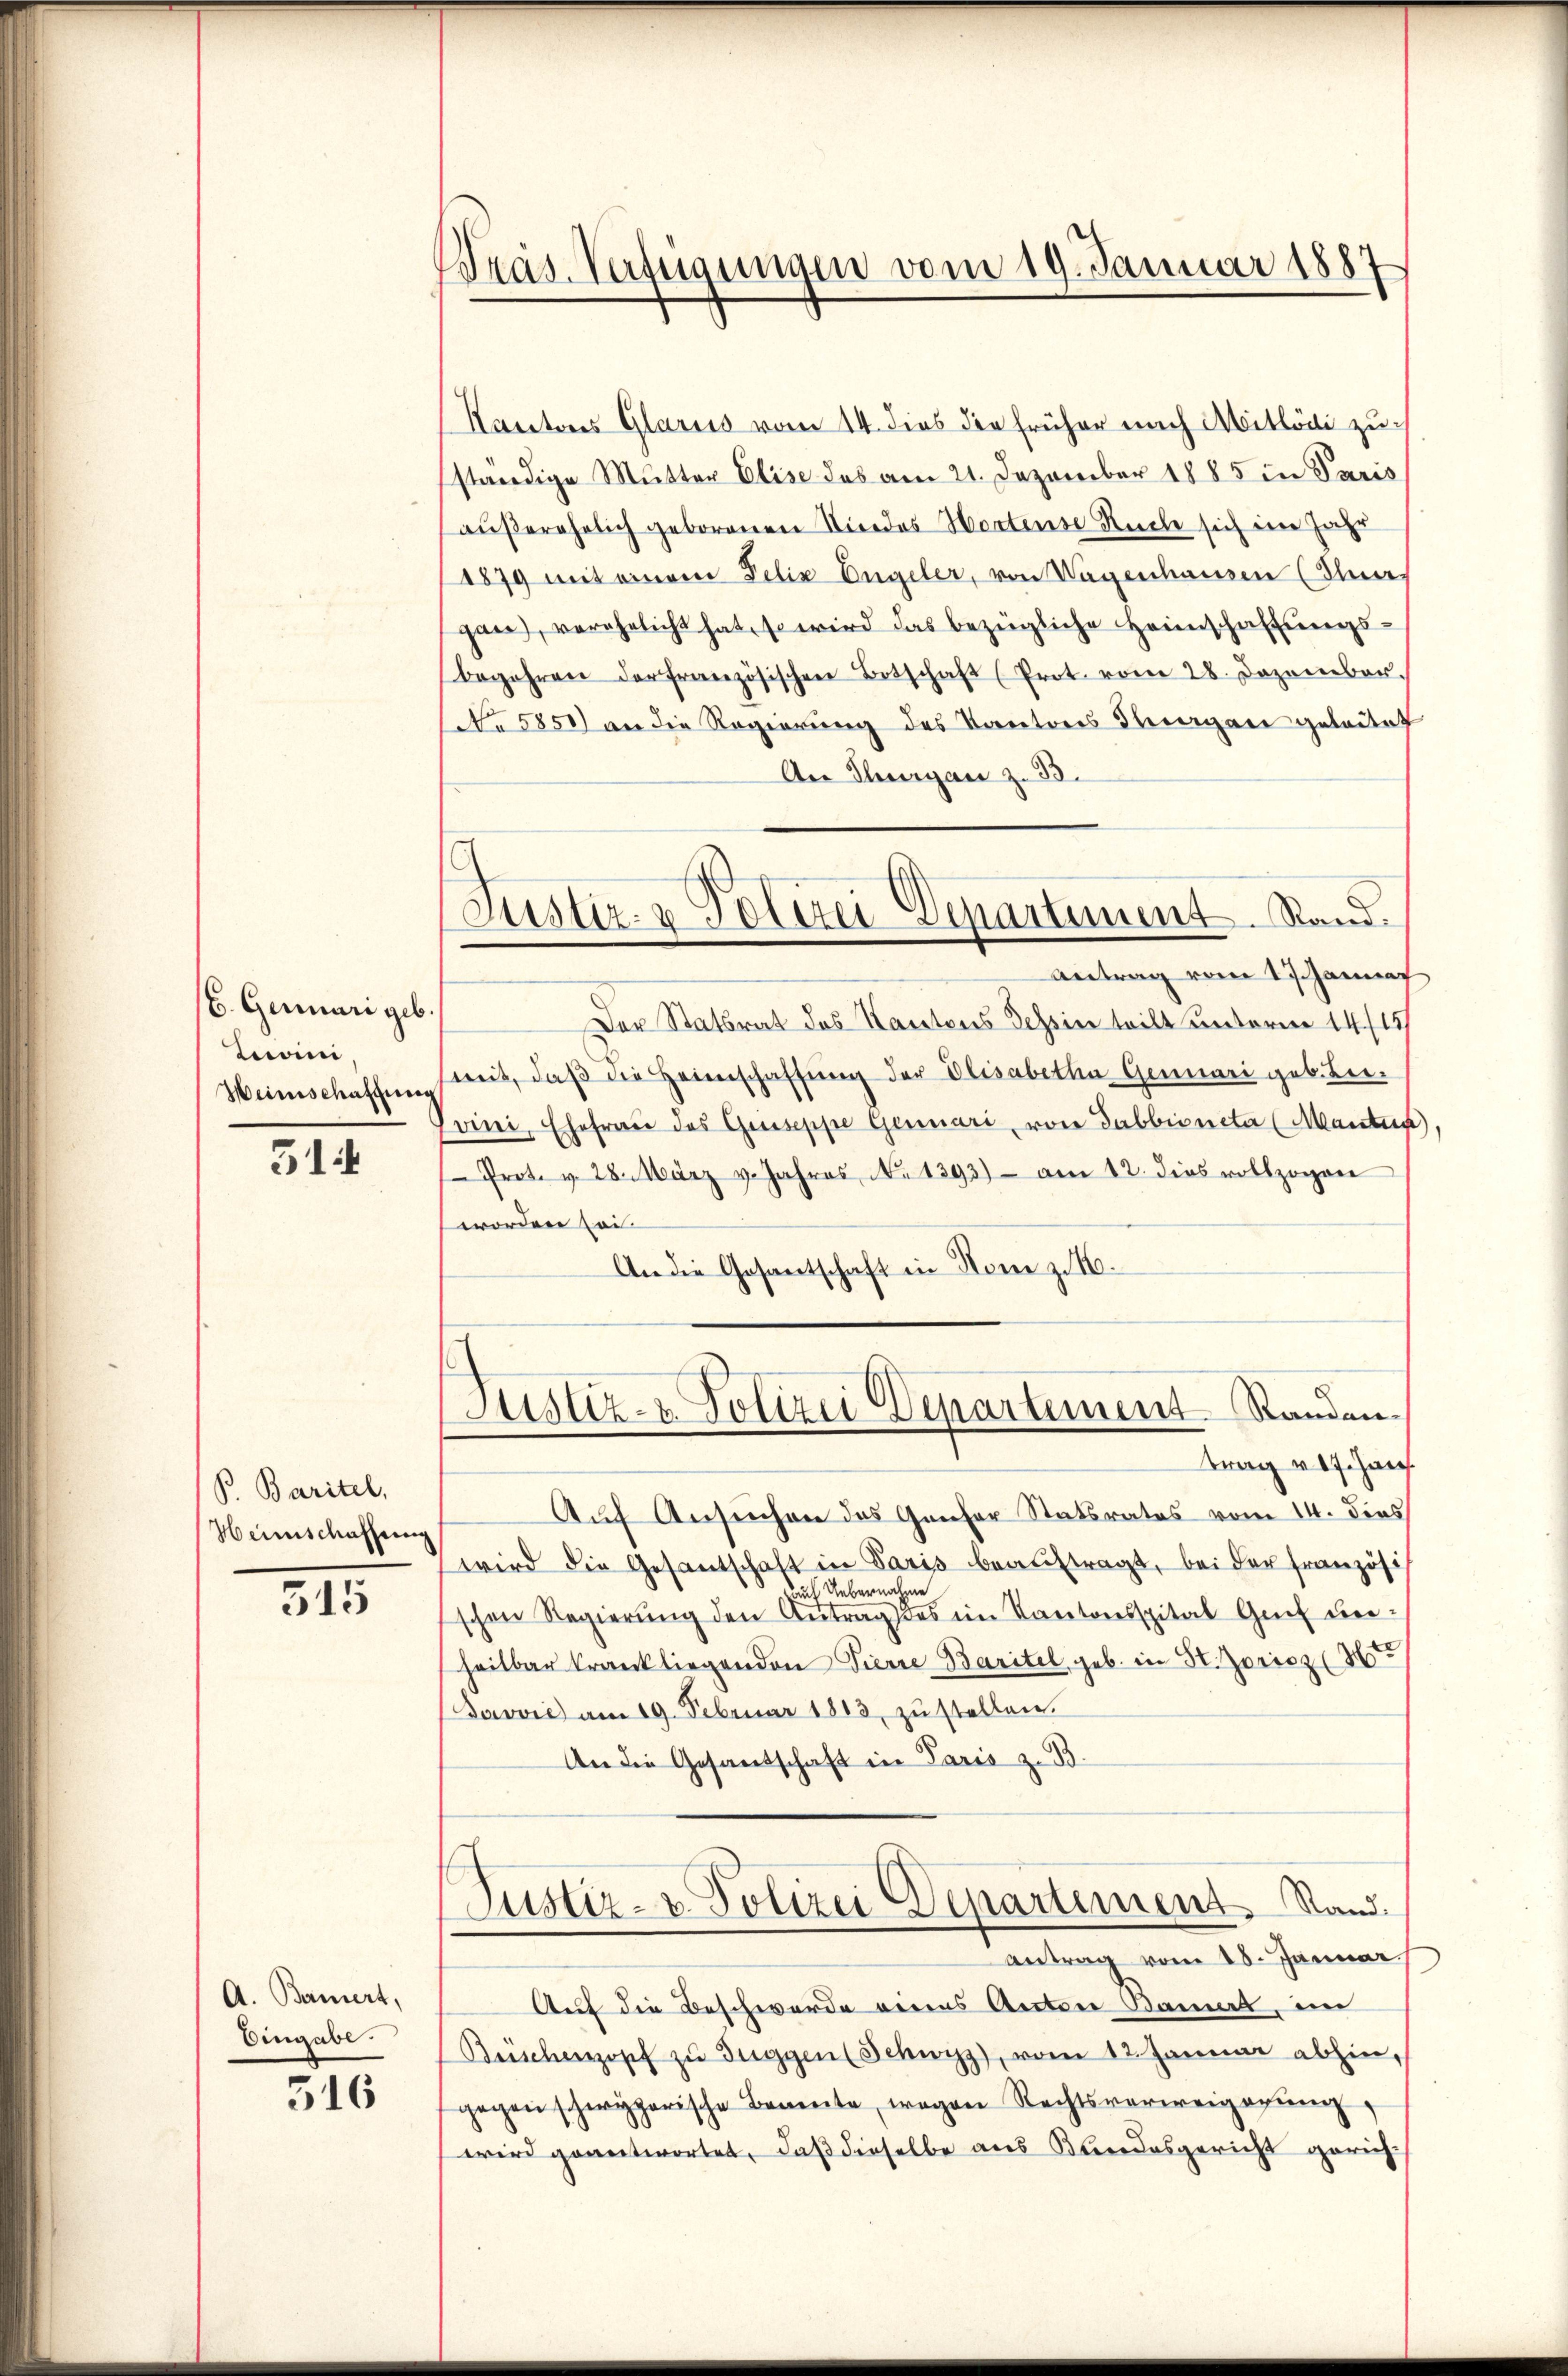
6. Germari geb.
Loini,
Weinschaftung

51

B. Baritel,
Heimschaffung

315

A. Bauert,
Eingabe.

516

Bräs. Verfügungen vom 19. Januar 1887

c
Justiz- & Polizei Departement. Stand.
Antrag vom 1 Schannat

Kantons Glarus vom 14. dies die früher nach Mitlödi zu
ständige Mutter Elise das am 21. Dezember 1885 in Paris
außerehelich geborenen Niedes Wortenso Ruche sich in Jahr
1879 mit einem Felix Engeler, von Wagenhausen (Ines
gan, verehelicht hat, so wird das bezügliche Heimschaftŭngs-
begehren der französischen Botschaft (Prot. vom 28. Dezember.
No 5850) an die Regierung des Kantons Tagen geleitet
An Thurgau z. B.
Der Statsrat des Kantons Tessin teilt unterm 14/15
mit, daβ die Heimschaffŭng der Elisabetha Gemari geb. Bei-
Soini, Ehefrau des Griseppe Genuari, von Sabbioneta (Manten)
Prot. v. 28. März v. Jahres No 1393) am 12. dies vollzogen
worden sei
An die Gesantschaft in Nom z. B.
Justiz- & Polizei Departement Randen.
trag v. 7. Jan
Auf Ansuchen des Grafer Statsrates vom 14. dies
wird die Gesantschaft in Paris beaŭftragt, bei der französi
uch Uebernal
schen Regierŭng den Antrag des im Kantonsspital Genf unheilbar krank liegenden Tierre Baritel geb. in H. Zoricz (
Davvić am 19. Februar 1883 zustellen.
An die Gesandschaft in Paris z. B.
Justiz- u. Polizei Departement. Stand.
antrag vom 25. Januar
Auf die Beschwerde eines Anton Banal, im
Büschenzopf zŭ Tuggen (Schwyz, vom 12. Januar abhin,
gegen schwyzerische Benente, wogen Rechtsverweigerŭng
wird geantwortet, daß dieselbe aus Kundesgericht gerich¬